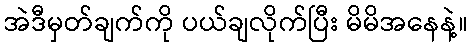
အဲဒီမှတ်ချက်ကို ပယ်ချလိုက်ပြီး မိမိအနေနဲ့။